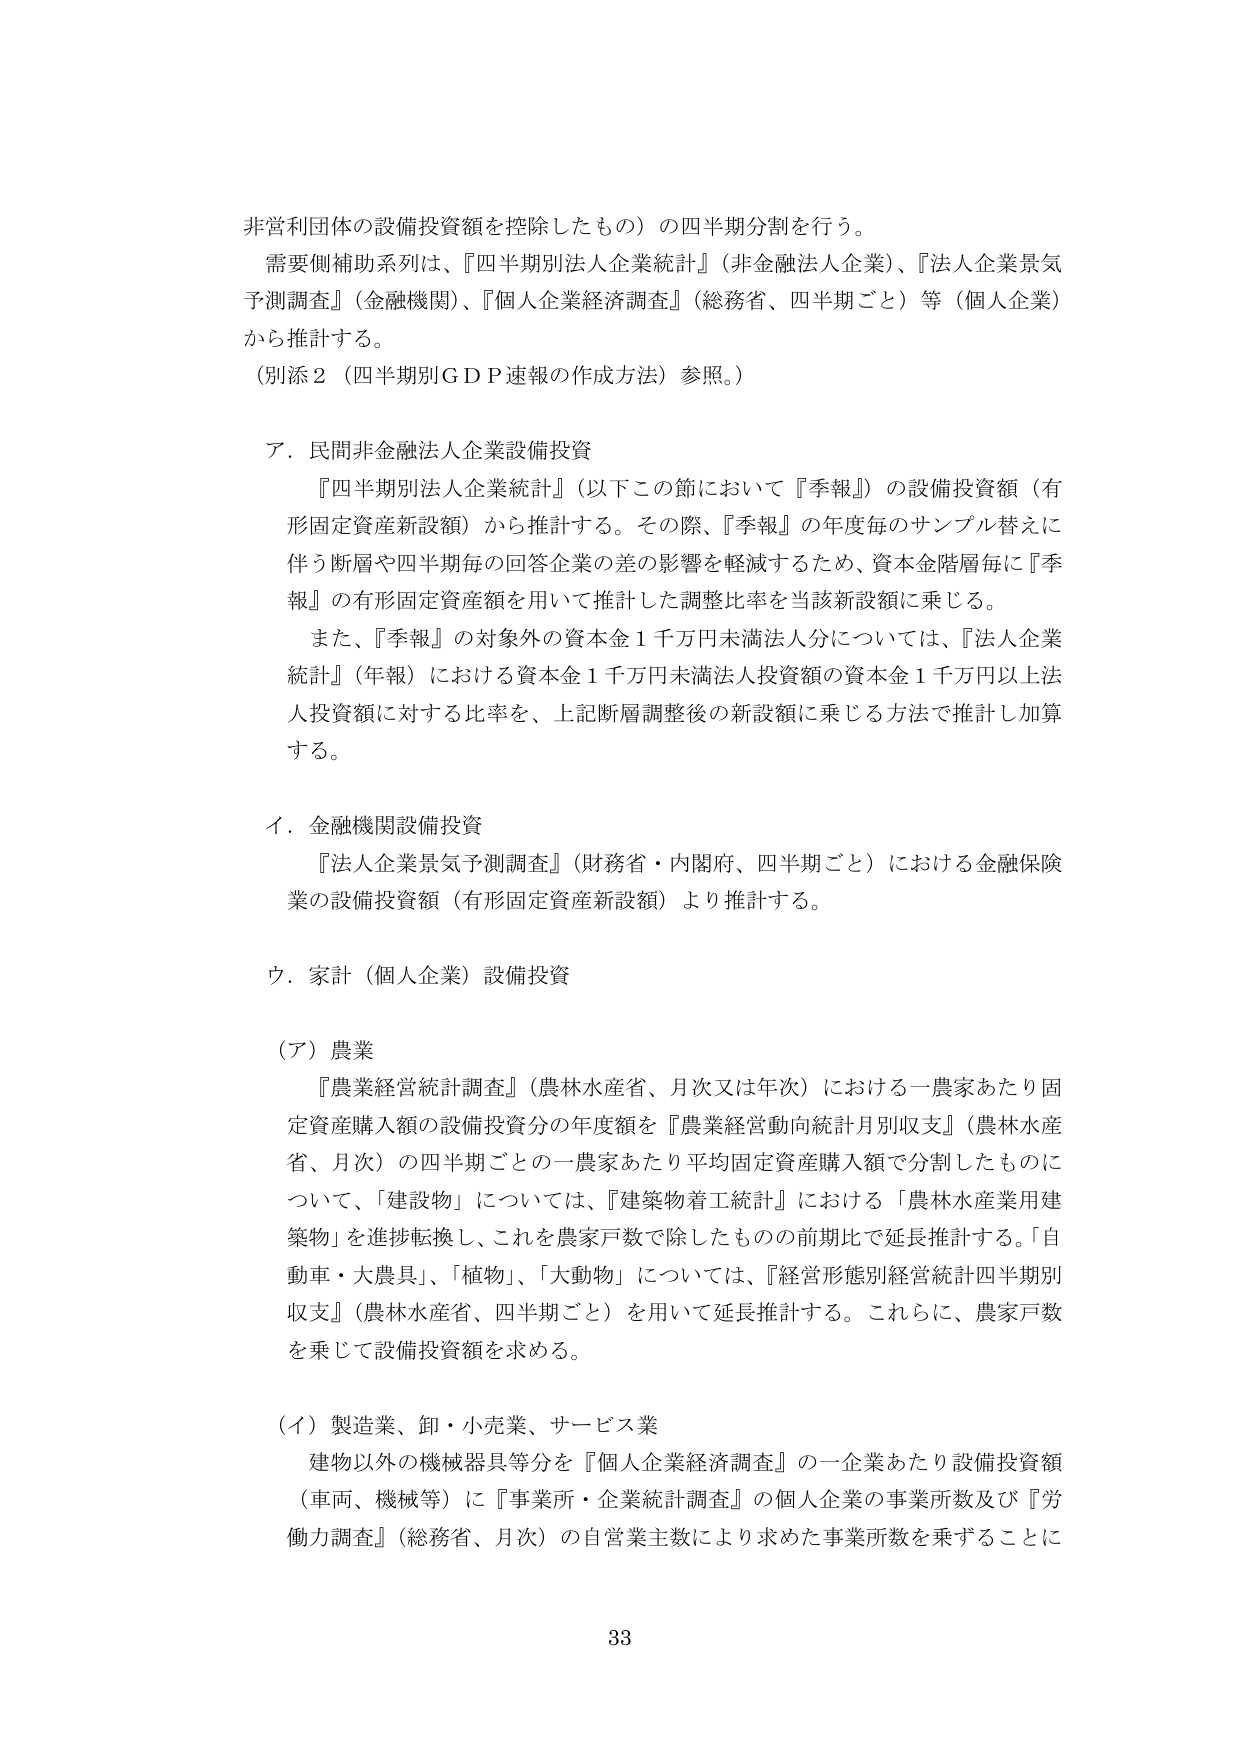
非営利団体の設備投資額を控除したもの）の四半期分割を行う。
需要側補助系列は、『四半期別法人企業統計』（非金融法人企業）、『法人企業景気予測調査』（金融機関）、『個人企業経済調査』（総務省、四半期ごと）等（個人企業）から推計する。
（別添２（四半期別ＧＤＰ速報の作成方法）参照。）

ア．民間非金融法人企業設備投資
　『四半期別法人企業統計』（以下この節において『季報』）の設備投資額（有形固定資産新設額）から推計する。その際、『季報』の年度毎のサンプル替えに伴う断層や四半期毎の回答企業の差の影響を軽減するため、資本金階層毎に『季報』の有形固定資産額を用いて推計した調整比率を当該新設額に乗じる。
　また、『季報』の対象外の資本金１千万円未満法人分については、『法人企業統計』（年報）における資本金１千万円未満法人投資額の資本金１千万円以上法人投資額に対する比率を、上記断層調整後の新設額に乗じる方法で推計し加算する。

イ．金融機関設備投資
　『法人企業景気予測調査』（財務省・内閣府、四半期ごと）における金融保険業の設備投資額（有形固定資産新設額）より推計する。

ウ．家計（個人企業）設備投資

（ア）農業
　『農業経営統計調査』（農林水産省、月次又は年次）における一農家あたり固定資産購入額の設備投資分の年度額を『農業経営動向統計月別収支』（農林水産省、月次）の四半期ごとの一農家あたり平均固定資産購入額で分割したものについて、「建設物」については、『建築物着工統計』における「農林水産業用建築物」を進捗転換し、これを農家戸数で除したものの前期比で延長推計する。「自動車・大農具」、「植物」、「大動物」については、『経営形態別経営統計四半期別収支』（農林水産省、四半期ごと）を用いて延長推計する。これらに、農家戸数を乗じて設備投資額を求める。

（イ）製造業、卸・小売業、サービス業
　建物以外の機械器具等分を『個人企業経済調査』の一企業あたり設備投資額（車両、機械等）に『事業所・企業統計調査』の個人企業の事業所数及び『労働力調査』（総務省、月次）の自営業主数により求めた事業所数を乗ずることに

33